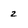
Character: 2